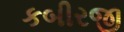
કબીરજી